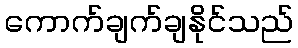
ကောက်ချက်ချနိုင်သည်